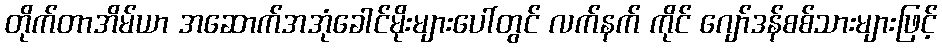
တိုက်တာအိမ်ယာ အဆောက်အအုံခေါင်မိုးများပေါ်တွင် လက်နက် ကိုင် ဂျော်ဒန်စစ်သားများဖြင့်